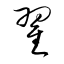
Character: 翟